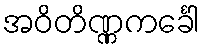
အဝိတိဏ္ဏကင်္ခေါ